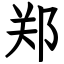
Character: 郑